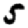
Digit: 5